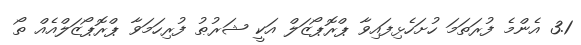
3.1 އެންމެ ފުރަތަމަ ހުށަހެޅިފައިވާ ޕްރޮޕޯޒަލް އަކީ ޝަރުޠު ފުރިހަމަވާ ޕްރޮޕޯޒަލްއެއް ތޯ